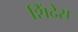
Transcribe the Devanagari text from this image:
शिंदेस